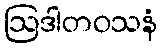
ဩဒါတဝသနံ